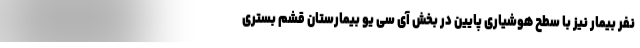
نفر بیمار نیز با سطح هوشیاری پایین در بخش آی سی یو بیمارستان قشم بستری